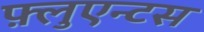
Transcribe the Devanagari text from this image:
फ़्लुएन्टस